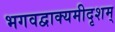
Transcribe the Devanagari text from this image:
भगवद्वाक्यमीदृशम्